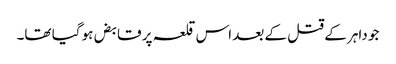
جو داہر کے قتل کے بعد اس قلعہ پر قابض ہو گیا تھا۔